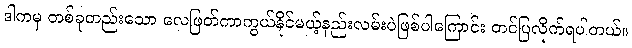
ဒါကမှ တစ်ခုတည်းသော လေဖြတ်ကာကွယ်နိုင်မယ့်နည်းလမ်းပဲဖြစ်ပါကြောင်း တင်ပြလိုက်ရပါတယ်။